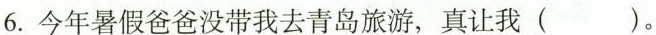
6.今年暑假爸爸没带我去青岛旅游，真让我( )。